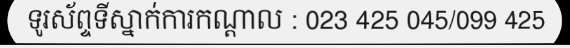
ទូរស័ព្ទទីស្នាក់ការកណ្តាល : 023 425 045/099 425